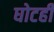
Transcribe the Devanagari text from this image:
घोटही